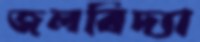
জলবিদ্যা